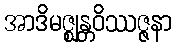
အာဒိမဇ္ဈန္တဝိဿဇ္ဇနာ